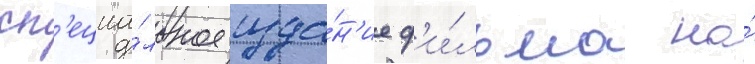
сп'ециа́льное изда́н'ие ф'и́льма на́